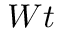
W t